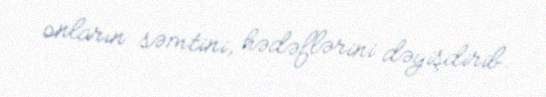
onların səmtini, hədəflərini dəyişdirib.